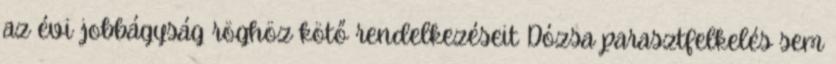
az évi jobbágyság röghöz kötő rendelkezéseit Dózsa parasztfelkelés sem